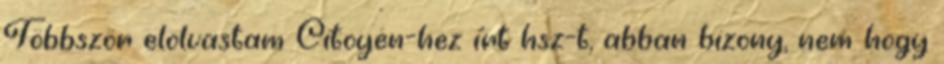
Többször elolvastam Citoyen-hez írt hsz-t, abban bizony, nem hogy